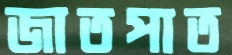
জাতপাত